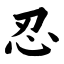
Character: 忍